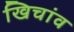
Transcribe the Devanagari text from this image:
खिचांव